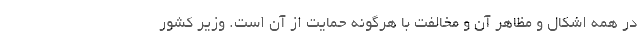
در همه اشکال و مظاهر آن و مخالفت با هرگونه حمایت از آن است. وزیر کشور